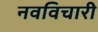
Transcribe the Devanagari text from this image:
नवविचारी